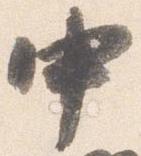
中